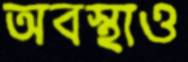
অবস্থাও